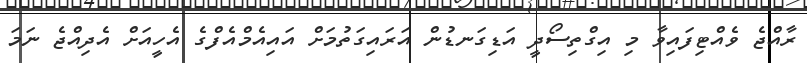
ރާއްޖެ ވެއްޓިފައިވާ މި އިގްތިސޯދީ އަޑިގަނޑުން އަރައިގަތުމަށް އައިއެމްއެފްގެ އެހީއަށް އެދިއްޖެ ނަމަ